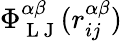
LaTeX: \Phi_{\mathrm{~L~J~}}^{\alpha\beta}(r_{ij}^{\alpha\beta})